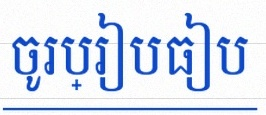
ចូរប្រៀបធៀប